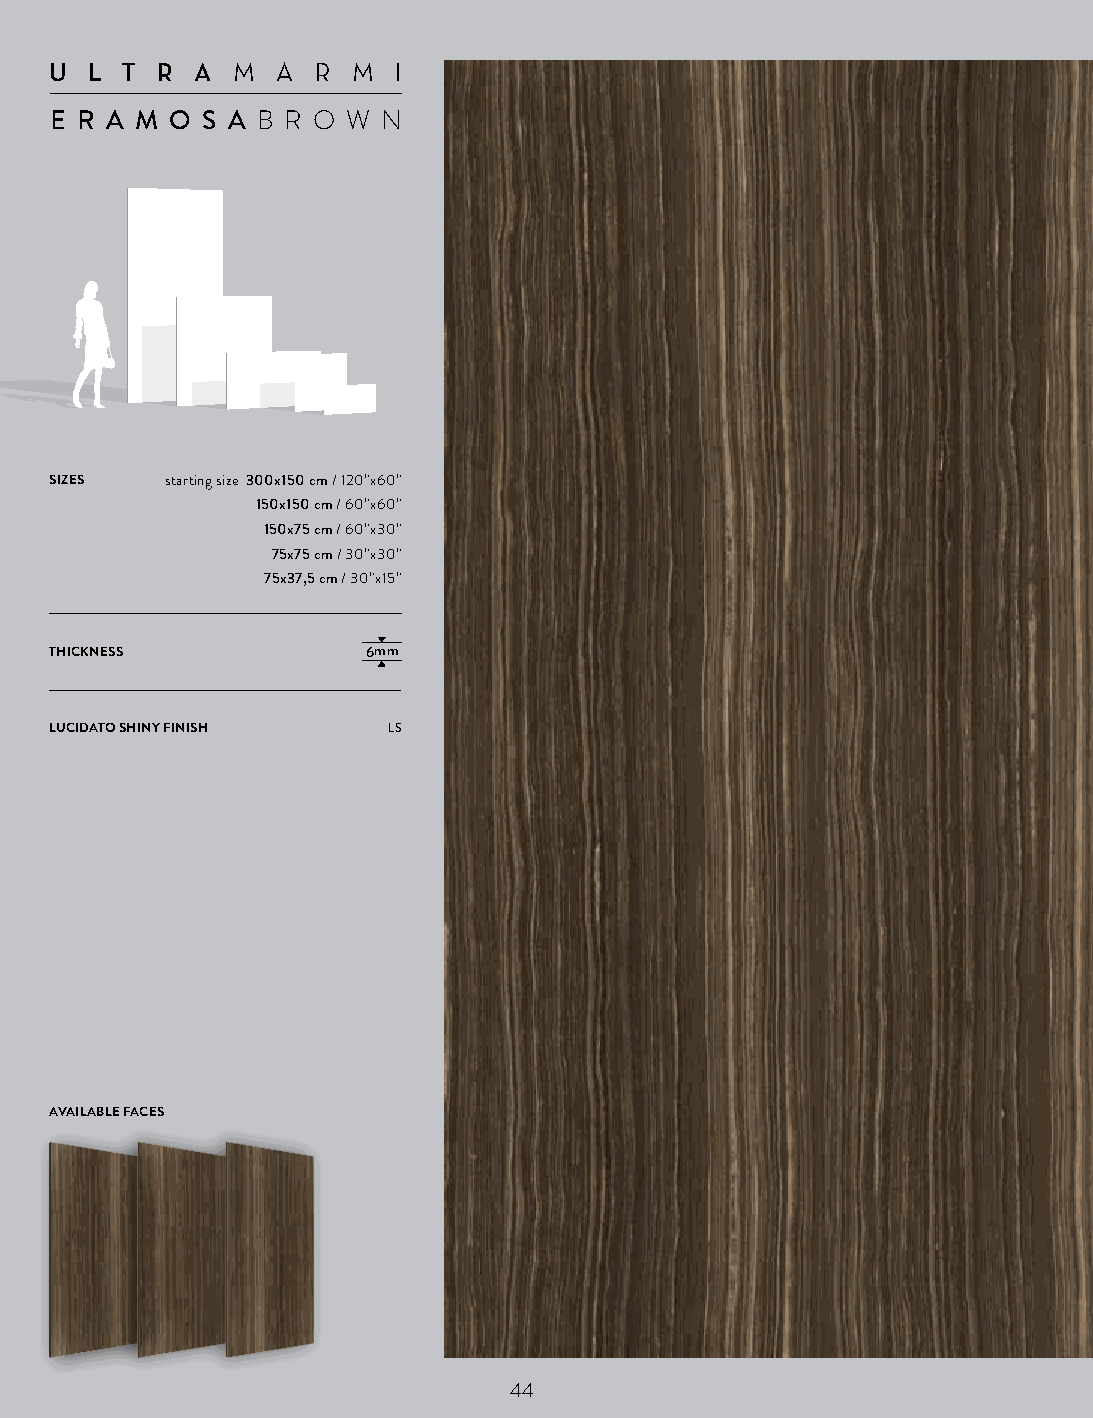
U  L T R  AM  A R  M  I
 E R A M O S AB R O W N
 SIZES   starting size 300x150 cm / 120”x60”
 150x150 cm / 60”x60”
 150x75 cm / 60”x30”
 75x75 cm / 30”x30”
 75x37,5 cm / 30”x15”
 THICKNESS            6mm
 LUCIDATO SHINY FINISH  LS
 AVAILABLE FACES
 44